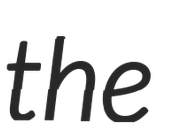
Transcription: the